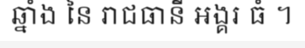
ឆ្នាំង នៃ រាជធានី អង្គរ ធំ ។